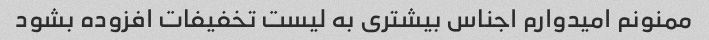
ممنونم امیدوارم اجناس بیشتری به لیست تخفیفات افزوده بشود